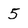
Character: 5